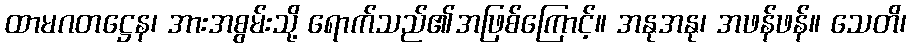
ထာမဂတဋ္ဌေန၊ အားအစွမ်းသို့ ရောက်သည်၏အဖြစ်ကြောင့်။ အနုအနု၊ အဖန်ဖန်။ သေတိ၊